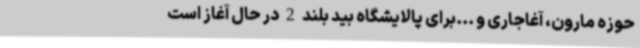
حوزه مارون، آغاجاری و ...برای پالایشگاه بید بلند 2 در حال آغاز است